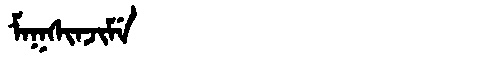
Manchu: ᠮᠠᡴᠰᡳᠨᠵᡳᠮᡝ
Romanization: MAKSINJIME